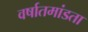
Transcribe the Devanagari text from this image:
वर्षातमांडता